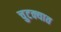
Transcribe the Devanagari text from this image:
चुटक्यात